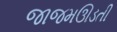
જાજમઊડતી